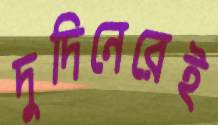
দুদিনেরেই